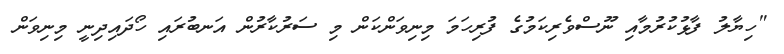
"ހިޔާލު ފާޅުކުރުމާއި ނޫސްވެރިކަމުގެ ފުރިހަމަ މިނިވަންކަން މި ސަރުކާރުން އަނބުރައި ހޯދައިދިނީ މިނިވަން